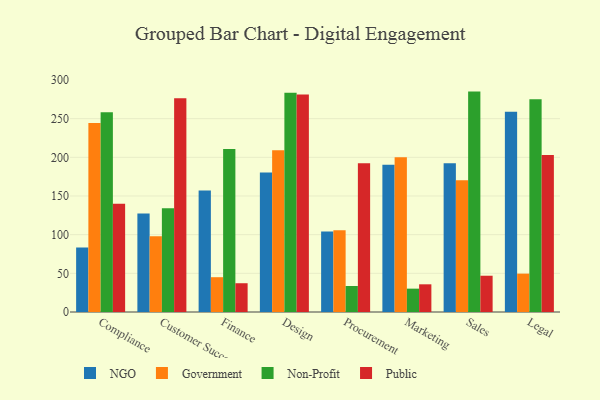
{"axis": {"x": "Department", "y": "Waste Production (Tons)"}, "legend": ["Government", "NGO", "Non-Profit", "Public"], "data": [{"x": "Compliance", "y": 83.4, "type": "NGO"}, {"x": "Compliance", "y": 244.5, "type": "Government"}, {"x": "Compliance", "y": 258.4, "type": "Non-Profit"}, {"x": "Compliance", "y": 140.0, "type": "Public"}, {"x": "Customer Success", "y": 127.3, "type": "NGO"}, {"x": "Customer Success", "y": 97.8, "type": "Government"}, {"x": "Customer Success", "y": 134.3, "type": "Non-Profit"}, {"x": "Customer Success", "y": 276.4, "type": "Public"}, {"x": "Finance", "y": 157.2, "type": "NGO"}, {"x": "Finance", "y": 45.0, "type": "Government"}, {"x": "Finance", "y": 210.7, "type": "Non-Profit"}, {"x": "Finance", "y": 37.2, "type": "Public"}, {"x": "Design", "y": 180.4, "type": "NGO"}, {"x": "Design", "y": 209.0, "type": "Government"}, {"x": "Design", "y": 283.5, "type": "Non-Profit"}, {"x": "Design", "y": 281.1, "type": "Public"}, {"x": "Procurement", "y": 104.0, "type": "NGO"}, {"x": "Procurement", "y": 105.7, "type": "Government"}, {"x": "Procurement", "y": 33.6, "type": "Non-Profit"}, {"x": "Procurement", "y": 192.5, "type": "Public"}, {"x": "Marketing", "y": 190.4, "type": "NGO"}, {"x": "Marketing", "y": 200.2, "type": "Government"}, {"x": "Marketing", "y": 30.2, "type": "Non-Profit"}, {"x": "Marketing", "y": 35.8, "type": "Public"}, {"x": "Sales", "y": 192.2, "type": "NGO"}, {"x": "Sales", "y": 170.5, "type": "Government"}, {"x": "Sales", "y": 285.0, "type": "Non-Profit"}, {"x": "Sales", "y": 46.9, "type": "Public"}, {"x": "Legal", "y": 259.0, "type": "NGO"}, {"x": "Legal", "y": 49.6, "type": "Government"}, {"x": "Legal", "y": 275.0, "type": "Non-Profit"}, {"x": "Legal", "y": 203.0, "type": "Public"}]}